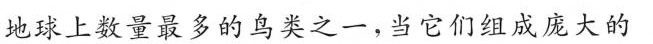
地球上数量最多的鸟类之一，当它们组成庞大的